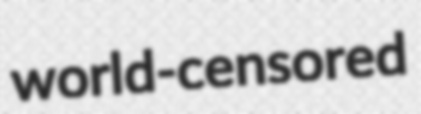
world-censored